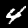
Label: 4